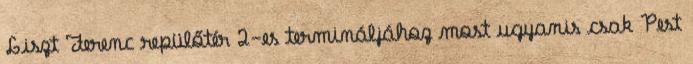
Liszt Ferenc repülőtér 2-es termináljához most ugyanis csak Pest